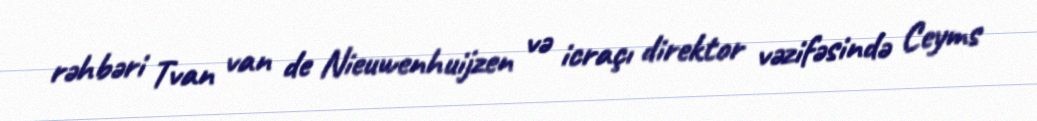
rəhbəri Tvan van de Nieuwenhuijzen və icraçı direktor vəzifəsində Ceyms